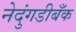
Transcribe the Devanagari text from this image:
नेदुंगडीबँक